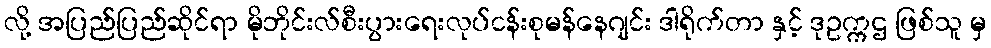
လို့ အပြည်ပြည်ဆိုင်ရာ မိုဘိုင်းလ်စီးပွားရေးလုပ်ငန်းစုမန်နေဂျင်း ဒါရိုက်တာ နှင့် ဒုဥက္ကဌ ဖြစ်သူ မှ